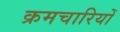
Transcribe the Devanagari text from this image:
क्रमचारियों